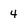
Character: 4